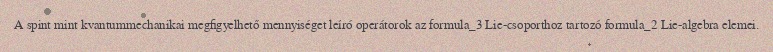
A spint mint kvantummechanikai megfigyelhető mennyiséget leíró operátorok az formula_3 Lie-csoporthoz tartozó formula_2 Lie-algebra elemei.